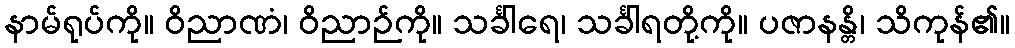
နာမ်ရုပ်ကို။ ဝိညာဏံ၊ ဝိညာဉ်ကို။ သင်္ခါရေ၊ သင်္ခါရတို့ကို။ ပဇာနန္တိ၊ သိကုန်၏။